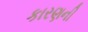
કારણની